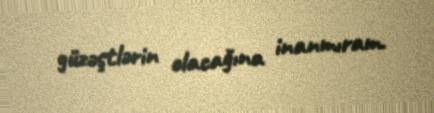
güzəştlərin olacağına inanmıram.